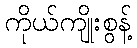
ကိုယ်ကျိုးစွန့်